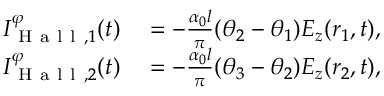
\begin{array} { r l } { I _ { \mathrm { ~ H ~ a ~ l ~ l ~ } , 1 } ^ { \varphi } ( t ) } & { { } = - \frac { \alpha _ { 0 } l } { \pi } ( \theta _ { 2 } - \theta _ { 1 } ) E _ { z } ( r _ { 1 } , t ) , } \\ { I _ { \mathrm { ~ H ~ a ~ l ~ l ~ } , 2 } ^ { \varphi } ( t ) } & { { } = - \frac { \alpha _ { 0 } l } { \pi } ( \theta _ { 3 } - \theta _ { 2 } ) E _ { z } ( r _ { 2 } , t ) , } \end{array}